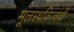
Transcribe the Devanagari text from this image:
मूलस्थविरवादी